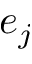
e _ { j }